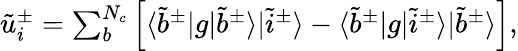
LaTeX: \begin{array}{r}{\tilde{u}_{i}^{\pm}=\sum_{b}^{N_{c}}\left[\langle\tilde{b}^{\pm}|g|\tilde{b}^{\pm}\rangle|\tilde{i}^{\pm}\rangle-\langle\tilde{b}^{\pm}|g|\tilde{i}^{\pm}\rangle|\tilde{b}^{\pm}\rangle\right],}\end{array}